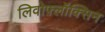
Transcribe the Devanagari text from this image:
लिवोफ़्लॉक्सिन